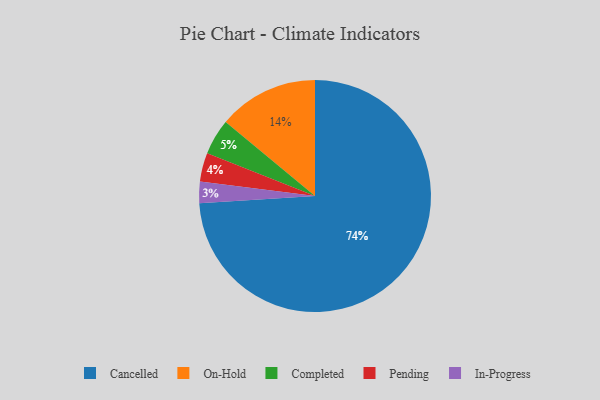
{"axis": {"x": "Category", "y": "Percentage"}, "legend": ["Cancelled", "Completed", "In-Progress", "On-Hold", "Pending"], "data": [{"x": "In-Progress", "y": 3, "type": "In-Progress"}, {"x": "On-Hold", "y": 14, "type": "On-Hold"}, {"x": "Cancelled", "y": 74, "type": "Cancelled"}, {"x": "Completed", "y": 5, "type": "Completed"}, {"x": "Pending", "y": 4, "type": "Pending"}]}